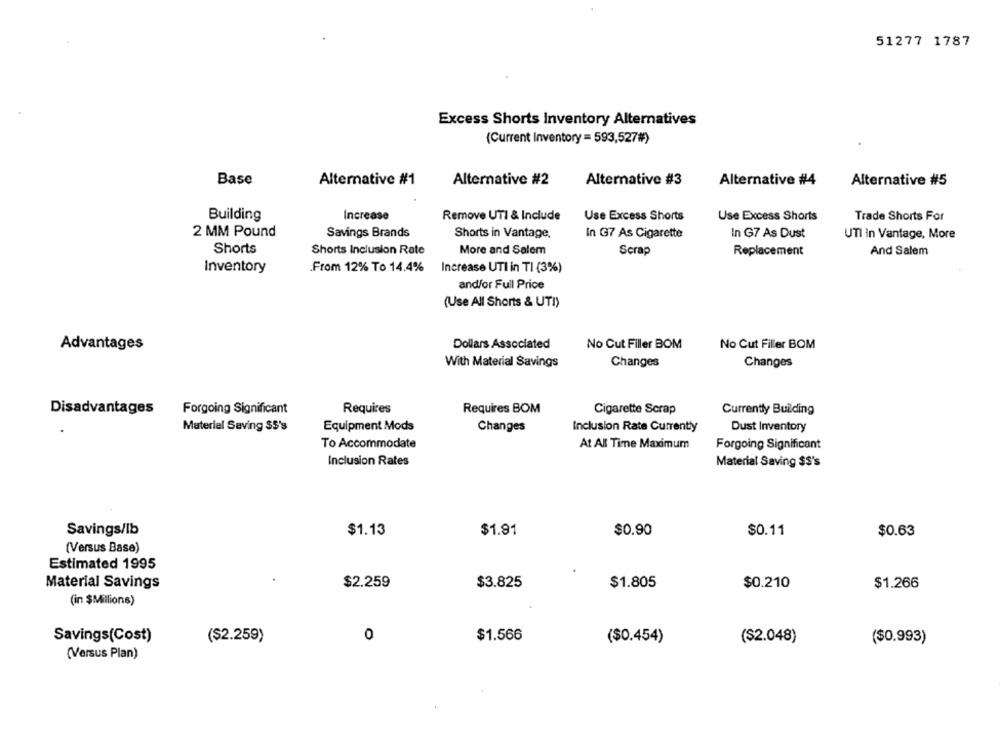
51277 1787
Excess Shorts Inventory Alternatives
(Current Inventory = 593,527#)
Base
Alternative #1
Alternative #2
Alternative #3
Alternative #4
Alternative #5
Building
Increase
Remove UTI & Include
Use Excess Shorts
Use Excess Shorts
Trade Shorts For
2 MM Pound
Savings Brands
Shorts in Vantage,
In G7 As Cigarette
In G7 As Dust
UTI in Vantage, More
Shorts
Shorts Inclusion Rate
More and Salem
Scrap
Replacement
And Salem
Inventory
.From 12% To 14.4%
Increase UTI in TI (3%)
and/or Full Price
(Use All Shorts & UTI)
Advantages
Dollars Associated
No Cut Filler BOM
No Cut Filler BOM
With Material Savings
Changes
Changes
Disadvantages
Forgoing Significant
Requires
Requires BOM
Cigarette Scrap
Currently Building
Materiel Saving $$'s
Equipment Mods
Changes
Inclusion Rate Currently
Dust Inventory
To Accommodate
At All Time Maximum
Forgoing Significant
Inclusion Rates
Material Saving $$'s
Savings/lb
$1.13
$1.91
$0.90
$0.11
$0.63
(Versus Base)
Estimated 1995
Material Savings
$2.259
$3.825
$1.805
$0.210
$1.266
(in $Millions)
Savings(Cost)
($2.259)
0
$1.566
($0.454)
($2.048)
($0.993)
(Versus Plan)